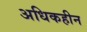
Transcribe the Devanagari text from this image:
अधिकहीन